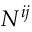
N ^ { i j }